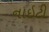
નાઇટી